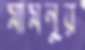
মামনুর